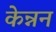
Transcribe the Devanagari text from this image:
केन्नन